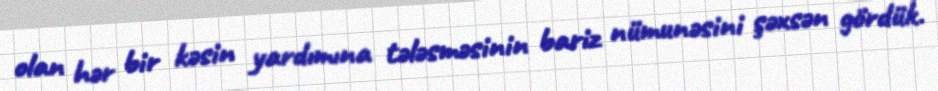
olan hər bir kəsin yardımına tələsməsinin bariz nümunəsini şəxsən gördük.